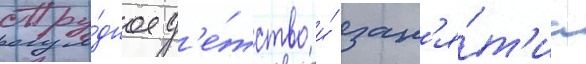
Тру́дное д'е́тство и́ зан'я́т'иа